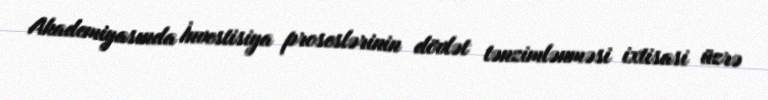
Akademiyasında İnvestisiya proseslərinin dövlət tənzimlənməsi ixtisasi üzrə